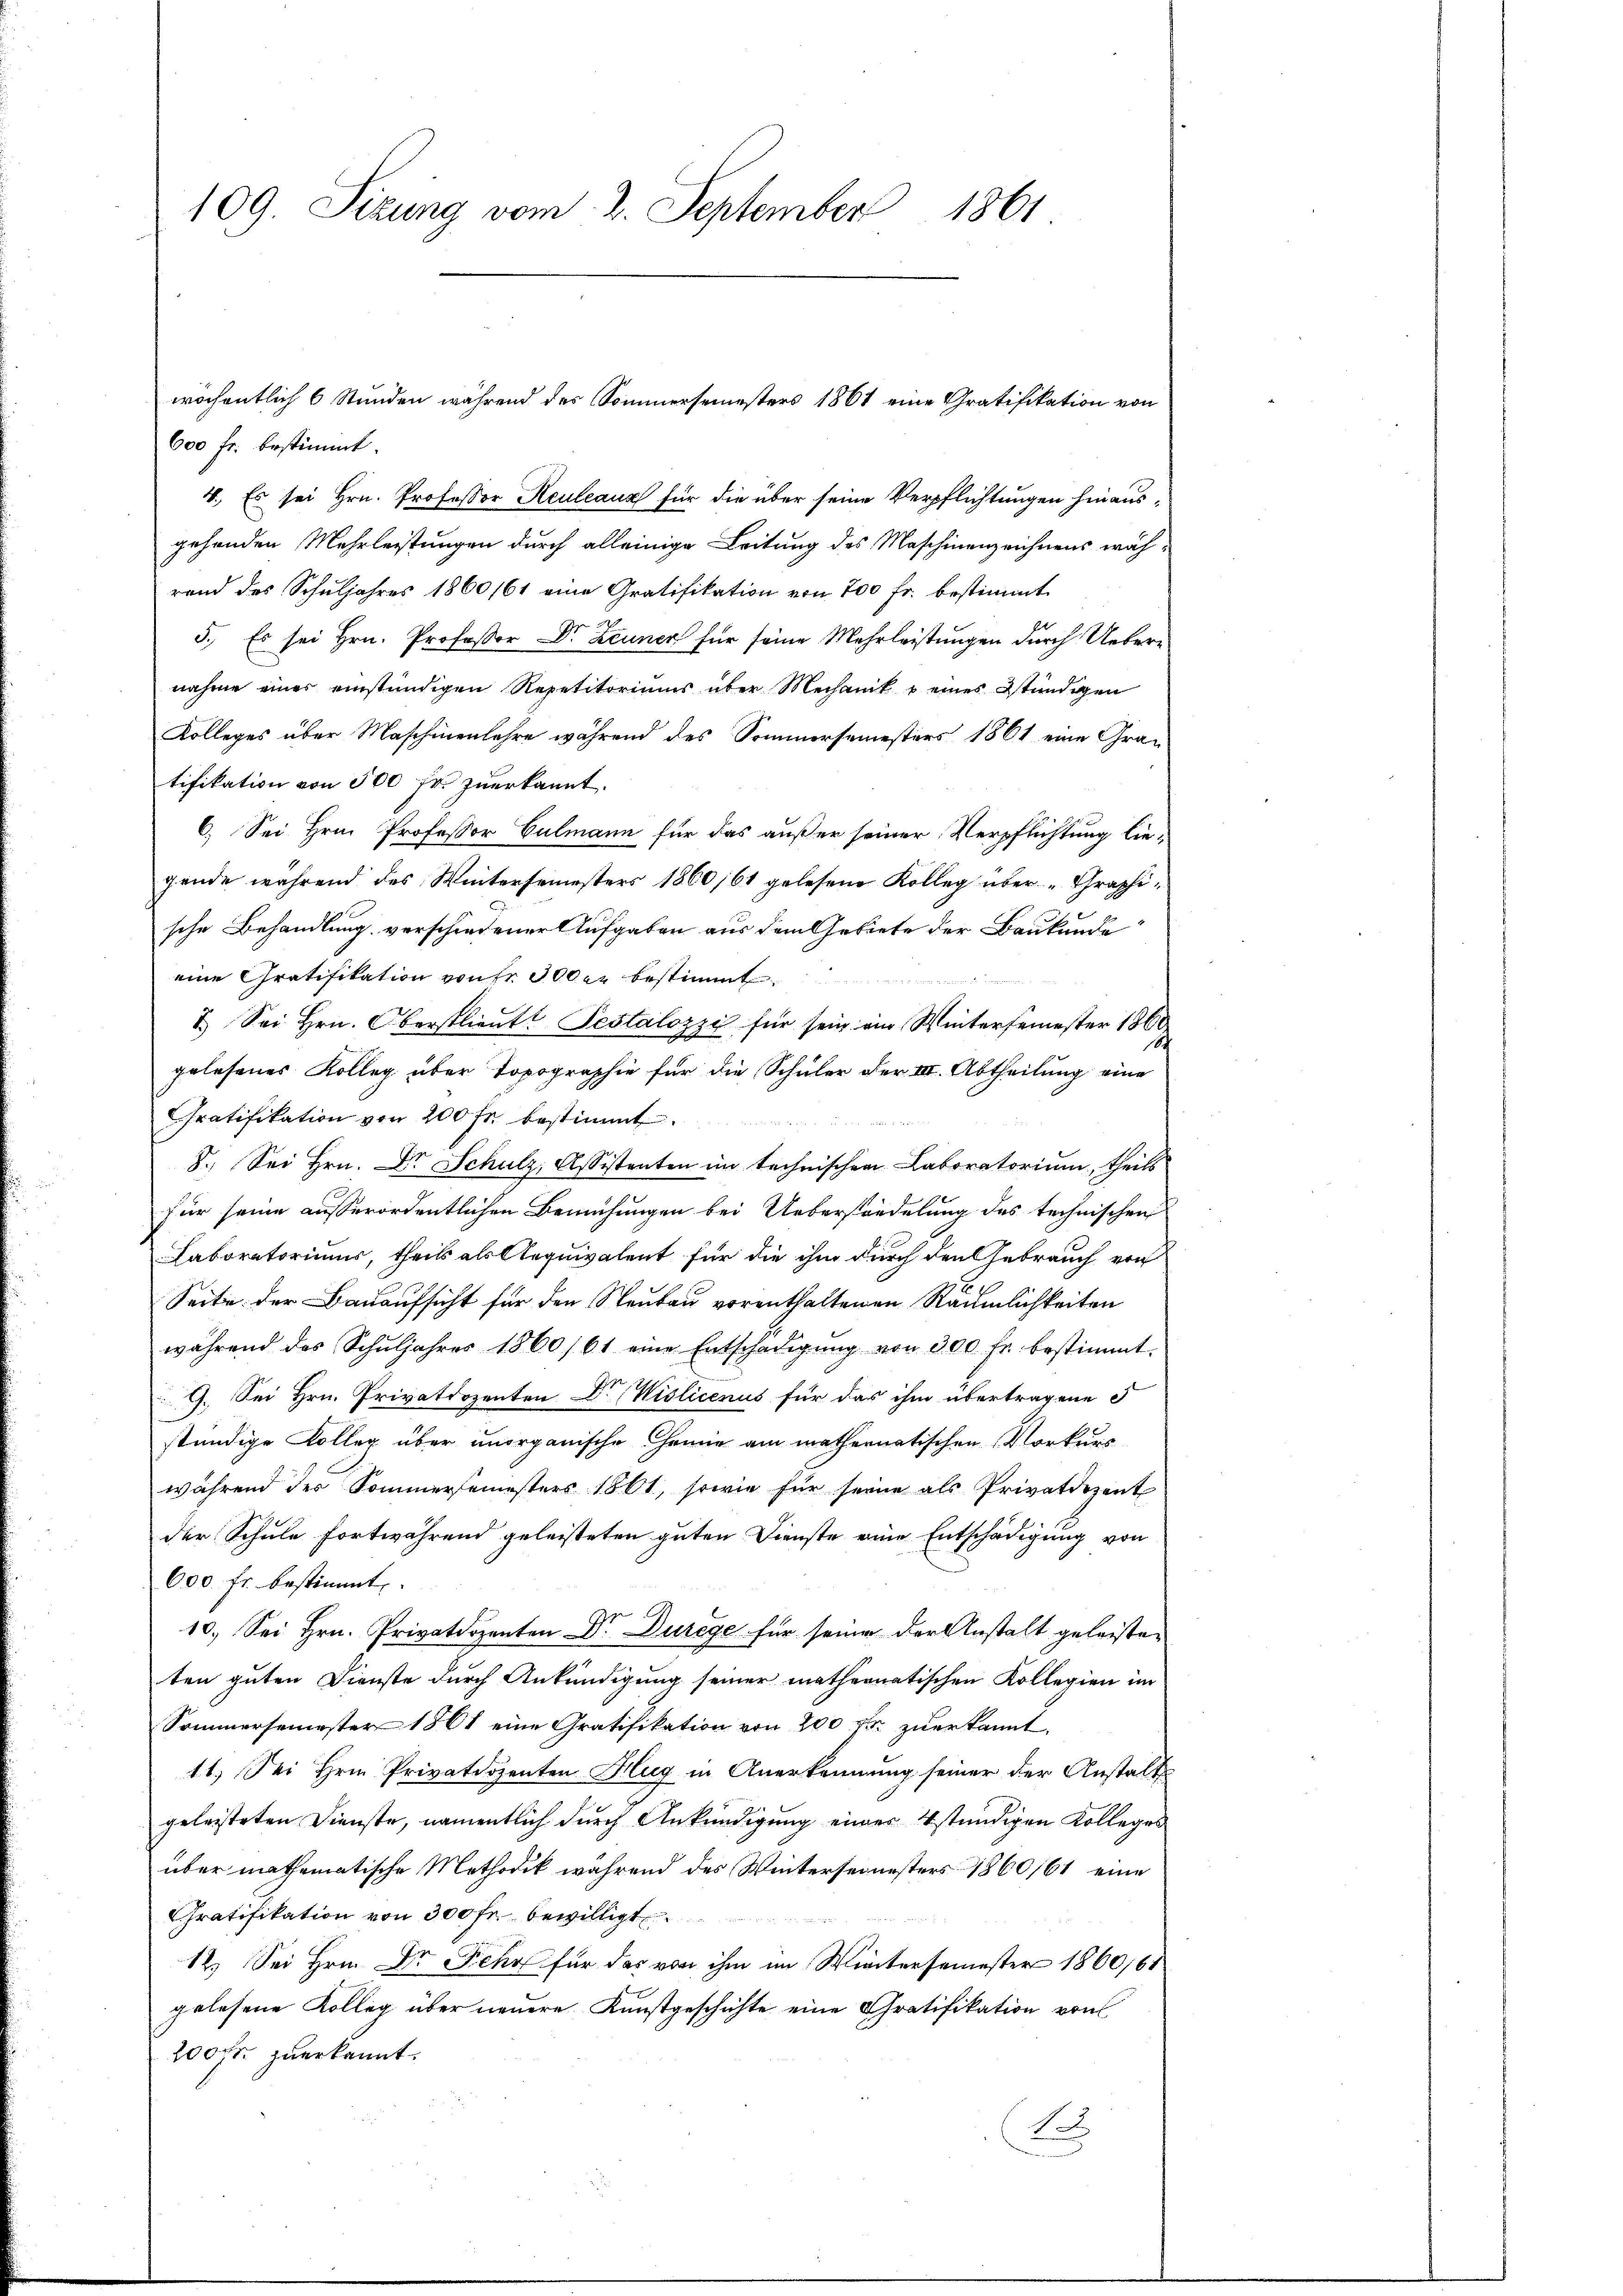
109. Sizung vom 2. September 1861

600 fr. bestimmt.
4. Es sei Hrn. Professor Keuleaux für die über seine Verpflichtungen hinausgehenden Mehrleistungen durch alleinige Leitung des Maschinenzeichnens wäh-
rand des Schuljahres 1860/61 eine Gratifikation von 700 fr. bestimmt
5.) Es sei Hrn. Professor Dr Zeuner für seine Mehrleistungen durch Uebere
nahme eines einständigen Repetitoriums über Mechanik u eines Stündigen
Kolleges über Maschinenlehre während des Sommersemesters 1861 eine Gratifikation von 500 fr. zuerkannt.
6. Sei Hrn. Professor Culmann für das außer seiner Verpflichtung liegende während des Wintersemesters 1860/61 gelesene Kolleg über „Graphische Behandlung verschiedener Aufgaben aus dem Gebiete der Baukunde
eine Gratifikation von Fr. 300 er bestimmt
Metall
7. Sei Hrn. Oberstlieutt Pestalozzi, für sein ein Wintersemester 1860
18
gelesenes Kolleg über Topographie für die Schüler der III. Abtheilung eine
Gratifikation von 200 fr. bestimmt
8. Sei Hrn. Dr Schulz, Assistenten im technischen Laboratorium, theils
für seine ausserordentlichen Bemühungen bei Ueberstandelung des technischen
Laboratoriums, theil als Aequivalent für die ihm durch den Gebrauch von
Seite der Bauaufsicht für den Neubau vorenthaltenen Räumlichkeiten
während das Schŭljahres 1860/61 eine Entschädigŭng von 300 fr. bestimmt.
s
9. Sei Hrn. Privatdozenten Dr. Violicenus für das ihm übertragene F
stündige Kolleg über unorganische Chemie am mathematischen Vorkurs
während der Sommersemesters 1861, sowie für seine als Privatdozent
der Schule fortwährend geleisteten guten Dienste eine Entschädigung von
600 fr. bestimmt
10.) Sei Hrn. Privatdozenten Dr. Durege für seine der Anstalt geleisteten guten Dienste durch Ankündigung seiner mathernatischen Kollegien im
Sommersemester 1861 eine Gratifikation von 200 fr zuerkannt.
11.) Sei Hrn. Privatdozenten Klug in Anerkennung seiner der Anstalts
geleisteten Dienste, namentlich durch Ankündigung einer stündigen Kolleges
über mathematische Methodik während des Wintersemesters 1860/61 eine
Chratifikation von 300 fr. bewilligt
12.) Sei Hrn. Dr Fehr für das von ihm im Wintersemester 1860/61
gelesene Kolleg über neuere Kunstgeschichte eine Gratifikation von
200 fr. zuerkannt:
B

wöchentlich 6 Stunden während des Sommersemesters 1861 eine Gratifikation von